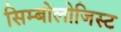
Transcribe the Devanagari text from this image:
सिम्बोलोजिस्ट